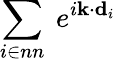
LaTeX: \sum_{i\in nn}~e^{i\textbf{k}\cdot\textbf{d}_{i}}